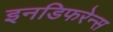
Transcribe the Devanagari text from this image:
इनडिफरेन्स